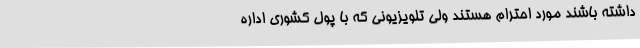
داشته باشند مورد احترام هستند ولی تلویزیونی که با پول کشوری اداره